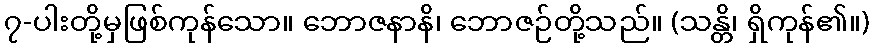
၇-ပါးတို့မှဖြစ်ကုန်သော။ ဘောဇနာနိ၊ ဘောဇဉ်တို့သည်။ (သန္တိ၊ ရှိကုန်၏။)